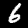
Label: 6